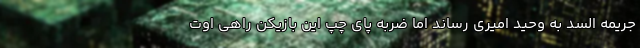
جریمه السد به وحید امیری رساند اما ضربه پای چپ این بازیکن راهی اوت